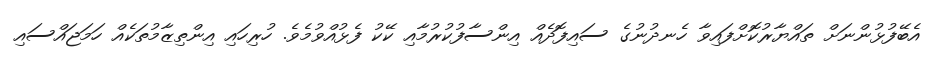
އެބޭފުޅުންނަށް ތައްޔާރުކޮށްފައިވާ ހެނދުނުގެ ސައިފޮދެއް އިންސާފުކުރުމާއި ކޭކު ފެޅުއްވުމެވެ. ހުރިހައި އިންތިޒާމުތަކެއް ހަމަޖައްސައި